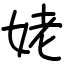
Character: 姥